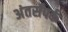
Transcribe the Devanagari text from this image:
अंतर्संपर्क